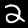
Label: 2